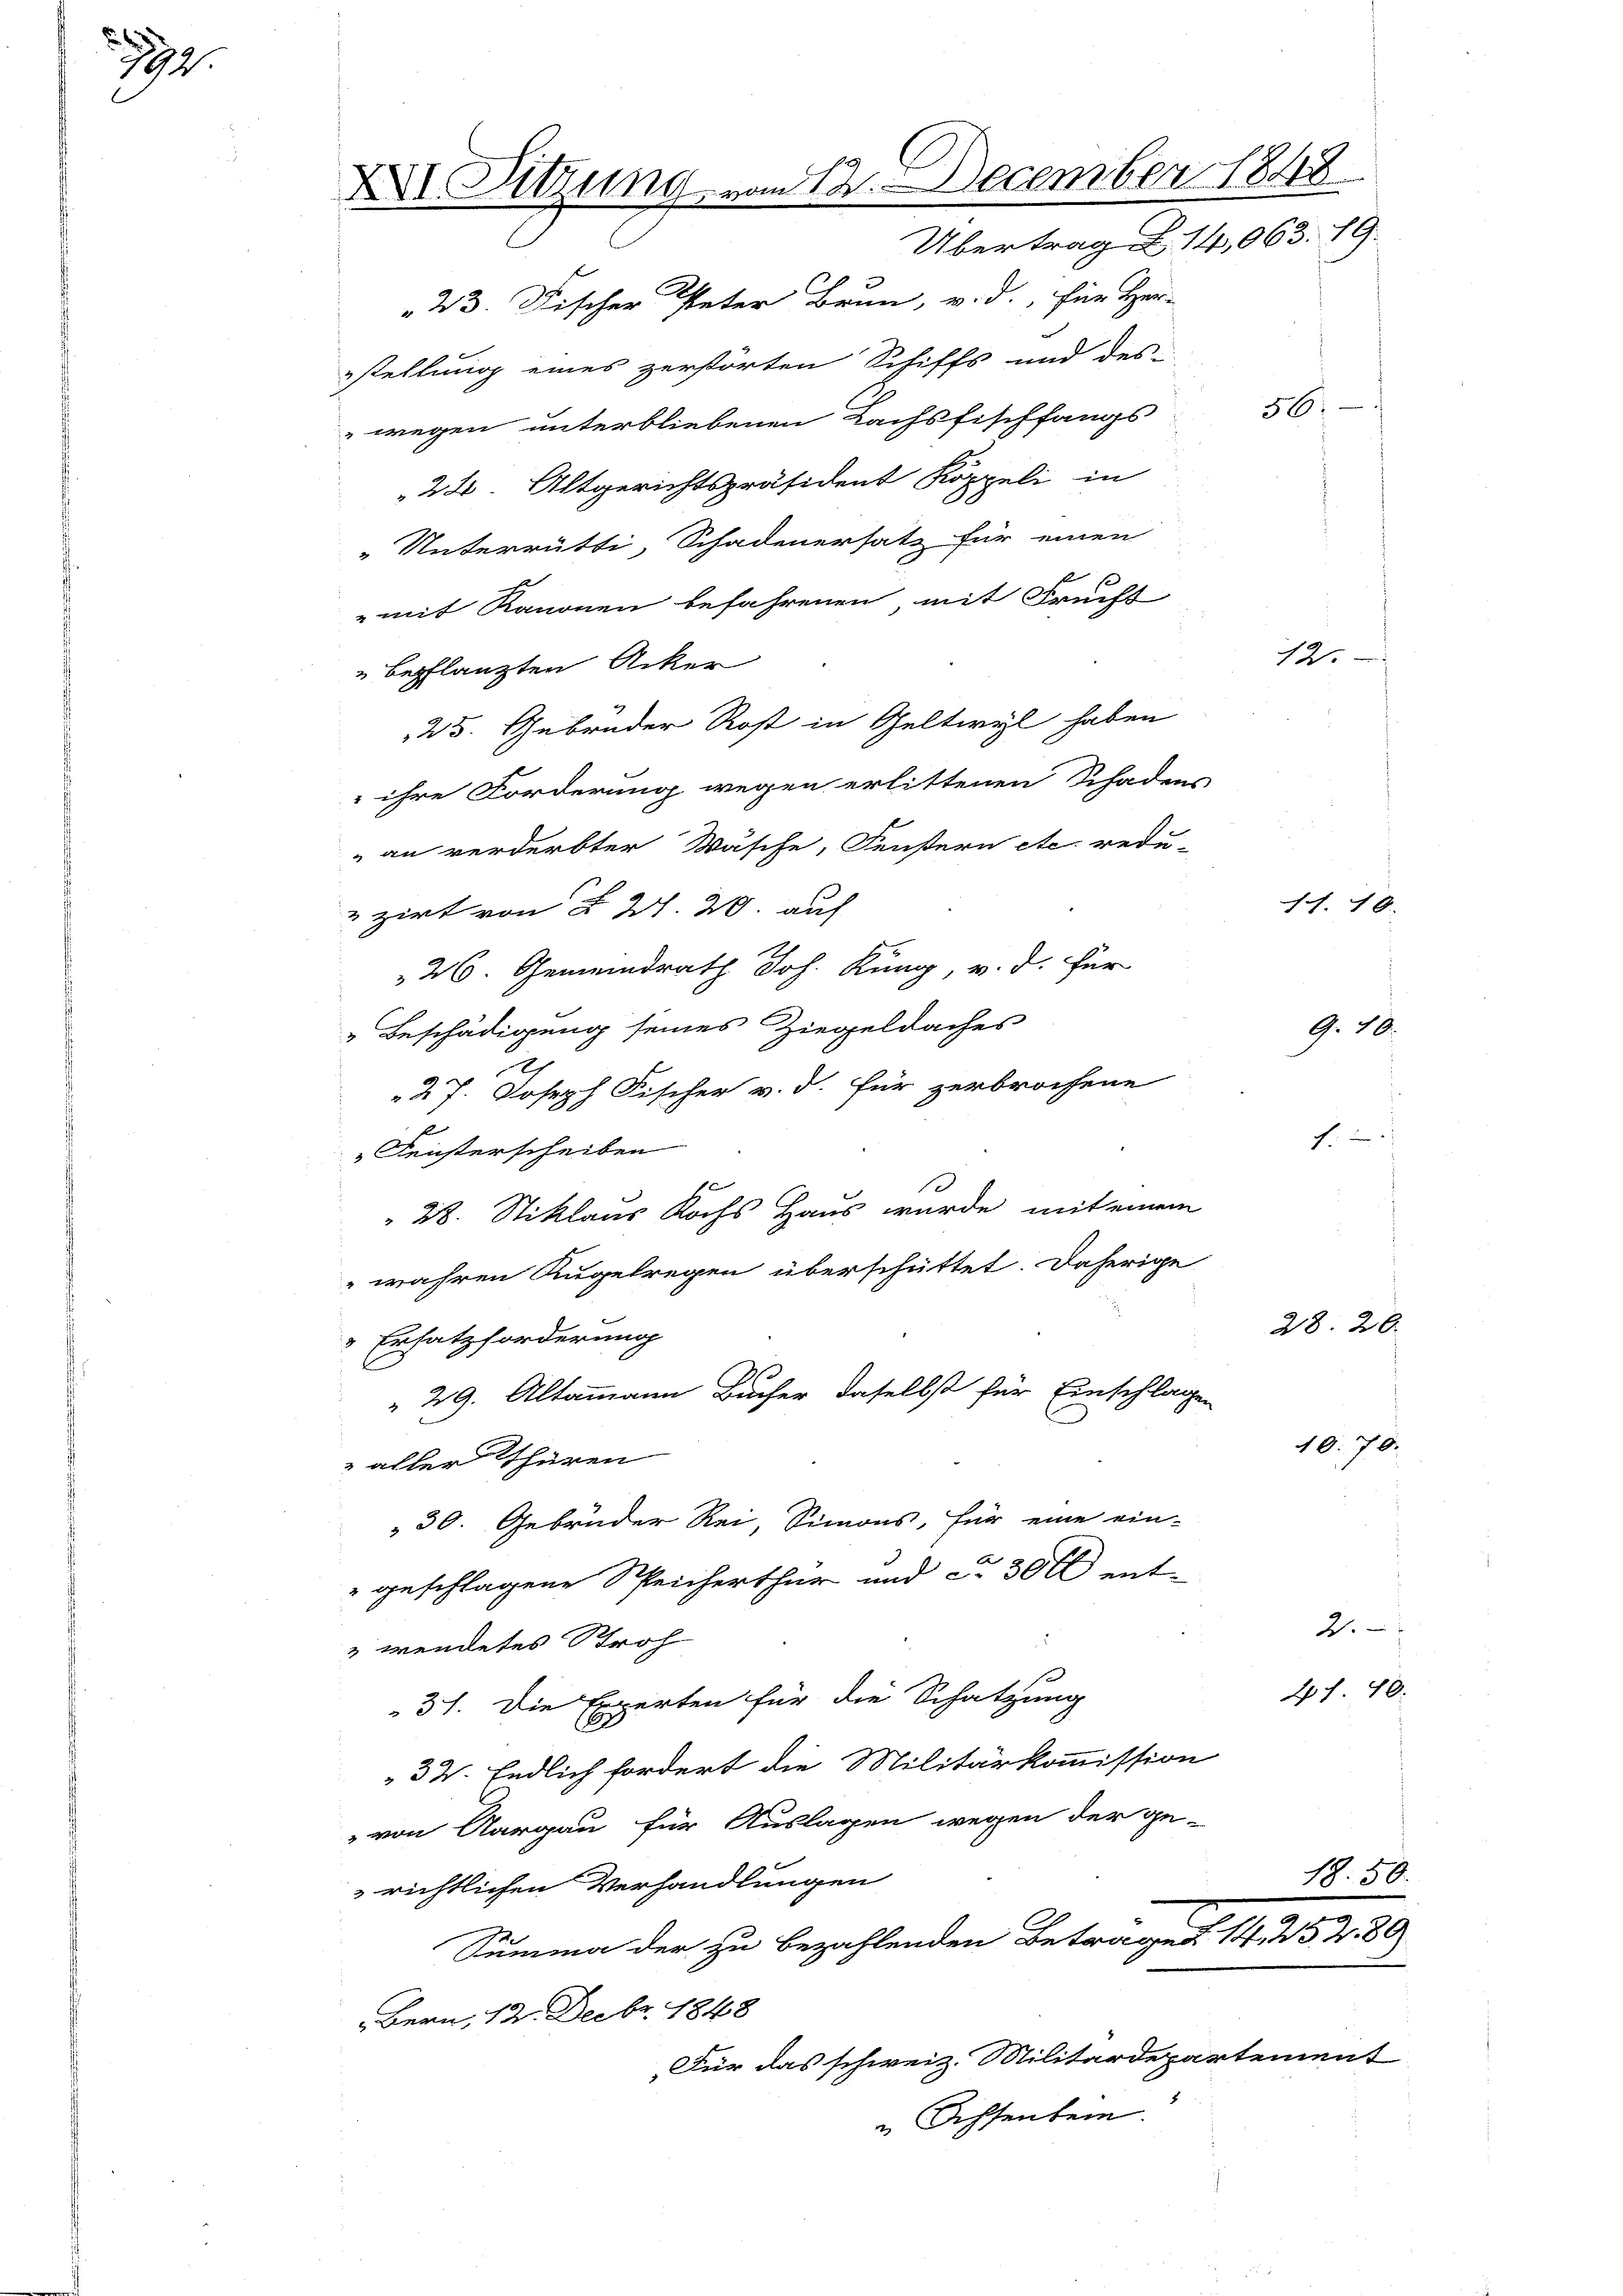
24

X Sitzung vom 12. December 1848
Übertrag Z. 14,063. 19.

23. Fischer Peter Brunn, v. d. für Her-
stellung eines zerstörten Schiffs und des
wegen unterbliebenen Lachsfischfangs
22. Altgerichtspräsident Koppeli in
„Unterrütti, Schadenersatz für einen
mit Kanonen befahrenen mit Frucht
" bepflanzten Acker
26. Gemeindrath Joh. Küng, v. d. für
„Beschädigung seines Ziegeldaches
27. Joseph Fischer v. d. für zerbrochene
Feisterscheiben
10
28. Stiklaus Kochs Haus wurde mit einem
wahren Angelregen überschüttet. Daherige
 Ersatzforderung
 29. Altammann Bucher daselbst für Einschlagen
 aller Thüren
 30. Gebrüder Rei, Simons, für eine ein-
" geschlagene Speicherthur und c. 300 ent-
" wendetes Stroh
37. Die Experten für die Schatzung
32. Endlich fordert die Militärkommission
" von Aargau für Auslagen wegen der ge-
richtlichen Verhandlungen
Summa der zu bezahlenden Beträge. 14
Bern, 12. Decbr. 1848
Für das schweiz. Militärdepar-
u Achsenbein.

25. Gebrüder Rost in Geltwyl haben
 ihre Forderung wegen erlittenen Schadens
an verderbter Wäsche, Fenstern etc. redu-
zirt von § 27. 20. auf

36:

12.

11. 18.

G. 10.

c.

28. 26.

47. 40.

10.70.

2.

50.

57.89